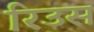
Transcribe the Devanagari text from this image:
रिउस